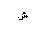
Letter: _shin